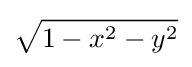
{\sqrt {1-x^{2}-y^{2}}}